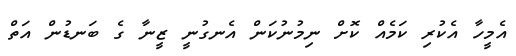
އެމީހާ އެކުރި ކަމެއް ކޮށް ނިމުނުކަން އެނގުނީ ޒީނާ ގެ ބަނޑުން އަތް